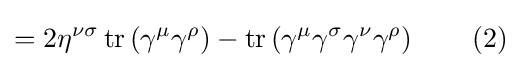
=2\eta ^{\nu \sigma }\operatorname {tr} \left(\gamma ^{\mu }\gamma ^{\rho }\right)-\operatorname {tr} \left(\gamma ^{\mu }\gamma ^{\sigma }\gamma ^{\nu }\gamma ^{\rho }\right)\quad \quad (2)